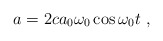
\begin{align*}a=2ca_0\omega _0 \cos \omega _0 t~,\end{align*}